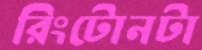
রিংটোনটা